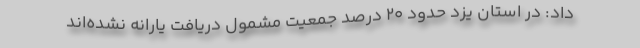
داد: در استان یزد حدود 20 درصد جمعیت مشمول دریافت یارانه نشده‌اند